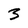
Character: 3